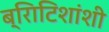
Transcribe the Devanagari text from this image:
ब्रिाटिशांशी